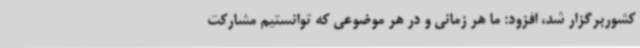
کشوربرگزار شد، افزود: ما هر زمانی و در هر موضوعی که توانستیم مشارکت